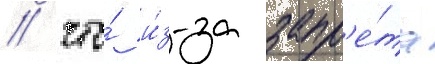
/ что́ и́з-за запр'е́та